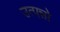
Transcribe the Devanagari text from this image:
उत्पन्नो